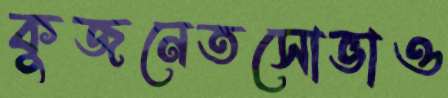
কুজনেতসোভাও